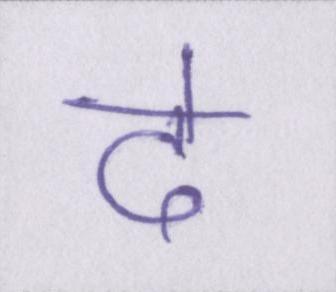
दे